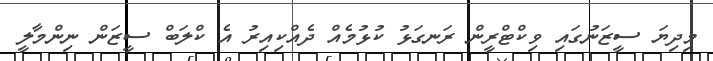
މިދިޔަ ސީޒަނުގައި ވިކްޓްރީން ރަނގަޅު ކުޅުމެއް ދެއްކިއިރު އެ ކްލަބް ސީޒަން ނިންމާލީ